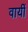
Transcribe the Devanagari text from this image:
वायीं